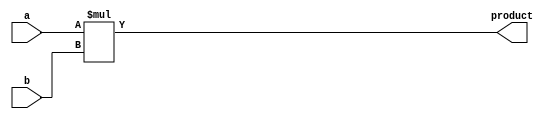

module M_MULT #(
    parameter N = 3
) (
    input[N-1:0] a, b,
    output[N-1:0] product
);
    assign product = a*b;
endmodule